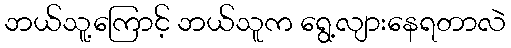
ဘယ်သူ့ကြောင့် ဘယ်သူက ရွေ့လျားနေရတာလဲ